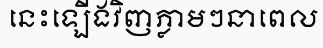
នេះឡើងវិញភ្លាមៗនាពេល